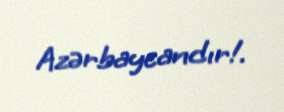
Azərbaycandır!.